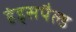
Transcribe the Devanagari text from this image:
हंड्सपैल्ड